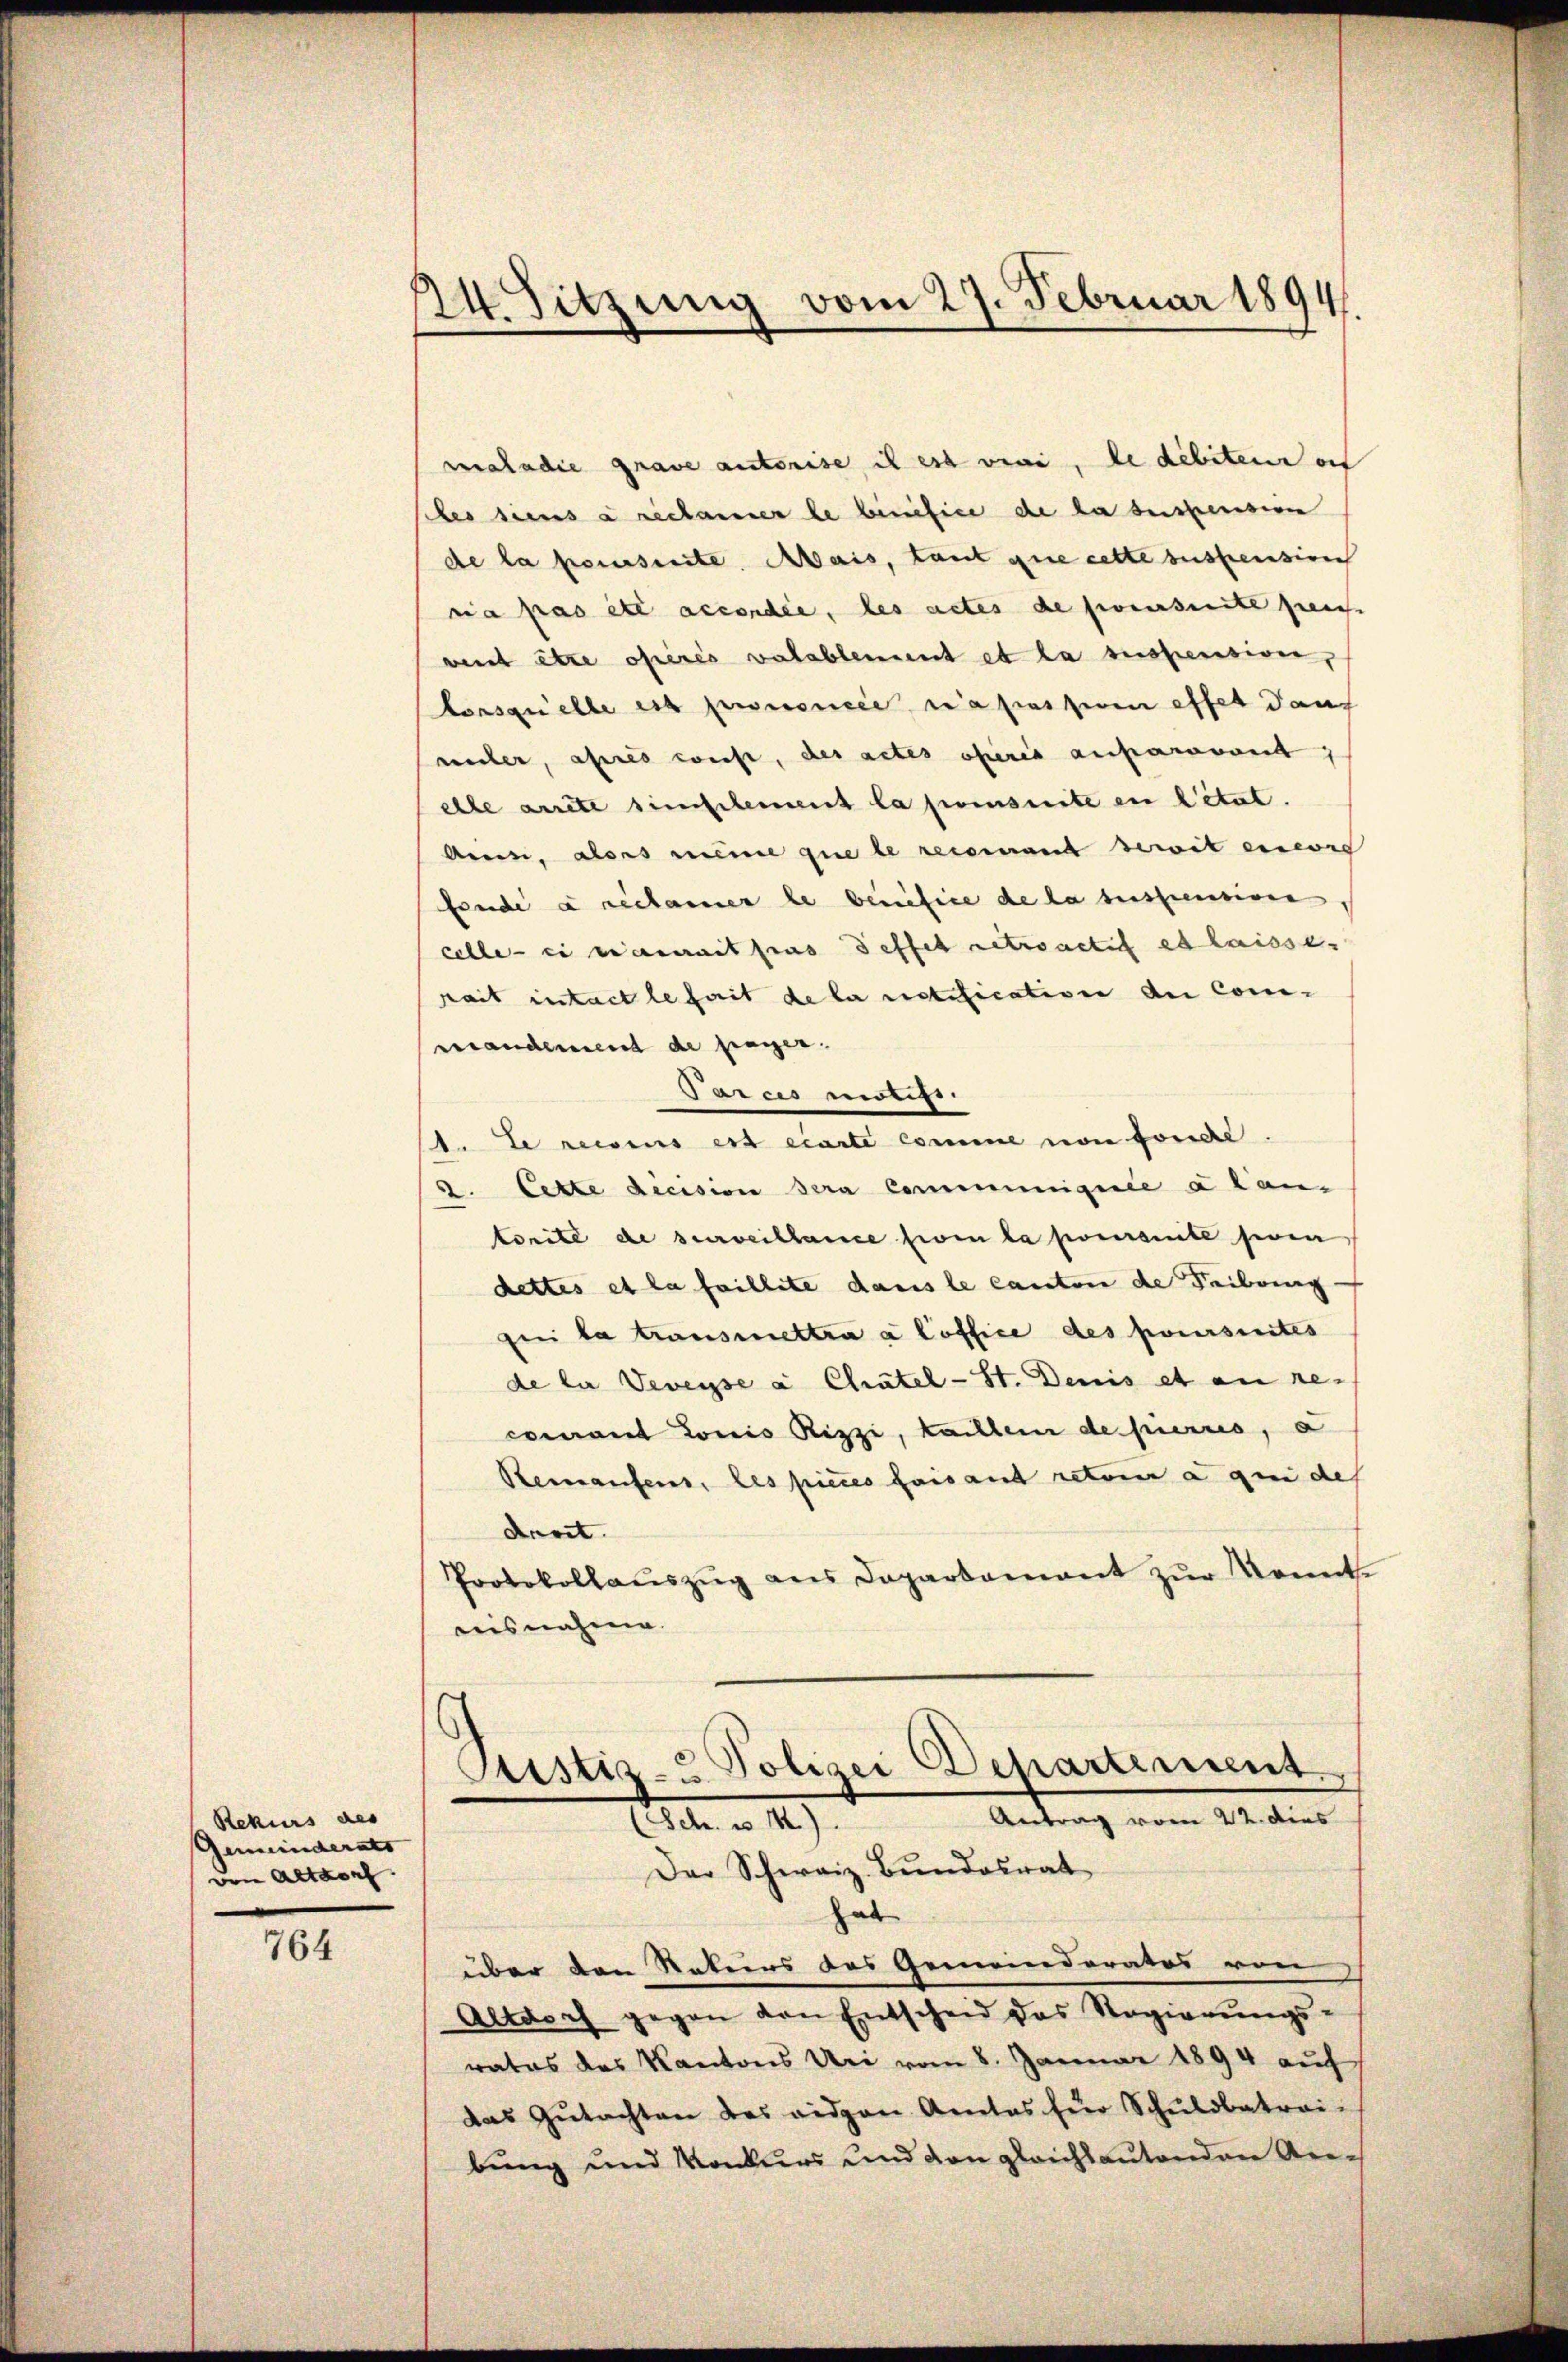
Rekurs des
Gemeinderats
vem Altdorf.

764

24. Sitzung vom 27. Februar 1894.

maladie grave autorise il est vivi, de débiteur auf
bes siens a rechauser le benefice de la suspension
de la poursuite. Mais, tant que cette suspension
nia pas été accordée, les actes de soeursuite peu
went être opérés valablement et la suspensiven,
Lorsquelle est prononcée a pression effet dan
unler, apres weist, des actes obers anfaravant
elle arrete simplement la pomsuite en l’état.
Aens, alors même que le recomant derit einers
frunde à reclamer le benefice de la suspensiven
celle-ci eccerait pas deffet retractif es laisse.
rait intact le fait de la notification der Com-
veranderend de payer.
Parcis motifs.
1. Le reisius est écarte comme von fonde.
4. Cette decision sera Communiquée a lantorité de surveillance sein la pourante sein
dettes et la faillite dans le canton de Feibring
ui la transmettra a loffice des poursuites
de la Veveyse à Chätel-St. Denis et an recomant Louis Rizzi, kanzlei de pierres, a
Reinaufens, les pieces faisant retore a qui des
droit.
Protokollaŭszŭg ans Departamant zŭr Konnt
desnahme.

Ptistiz- Polizei Departement.
Antrag vom 22. Dies
(Sch. u 1.)
Der Schweiz. Bŭndesrat
hab
über den Rekurs des Gemeinderates von
Altdoch gegen den Entscheid das Regierŭngs-

ratos des Kantons Uri vom 8. Januar 1894 auf
das Gŭtachten des eidgen Amtes für Schŭldbatrai-
bung und Konkurs und von gleichlautenden Ar¬